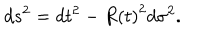
d s ^ { 2 } = d t ^ { 2 } - R \left( t \right) ^ { 2 } d \sigma ^ { 2 } .